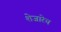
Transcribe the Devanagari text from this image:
शेजारेच